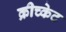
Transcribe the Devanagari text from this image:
क्रीच्केट